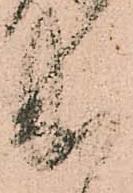
出